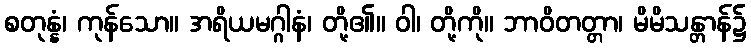
စတုန္နံ၊ ကုန်သော။ အရိယမဂ္ဂါနံ၊ တို့၏။ ဝါ၊ တို့ကို။ ဘာဝိတတ္တာ၊ မိမိသန္တာန်၌